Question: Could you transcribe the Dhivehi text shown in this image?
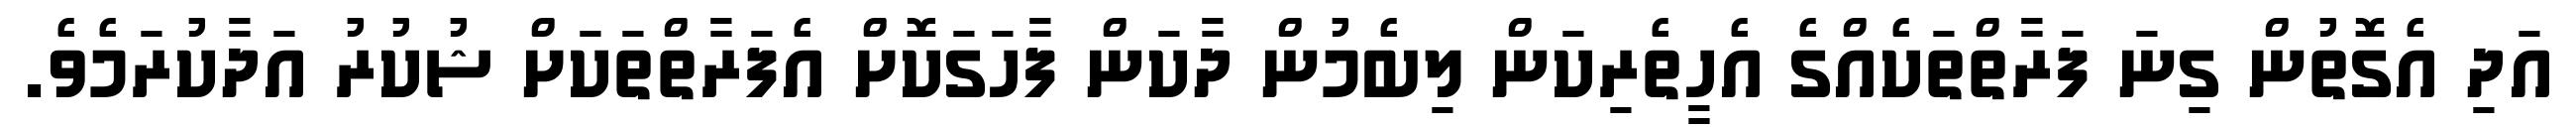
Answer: އަދި އެގޮތުން ގިނަ ފަރާތްތަކެއްގެ އެހީތެރިކަން ލިބެމުން ދާކަން ފާހަގަކޮށް އެފަރާތްތަކަށް ޝުކުރު އަދާކުރަމެވެ.